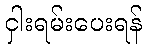
ငှါးရမ်းပေးရန်